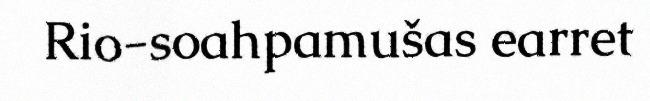
Rio-soahpamušas earret